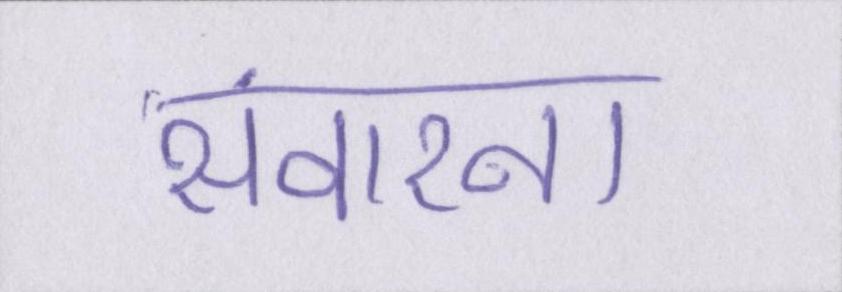
संवारना